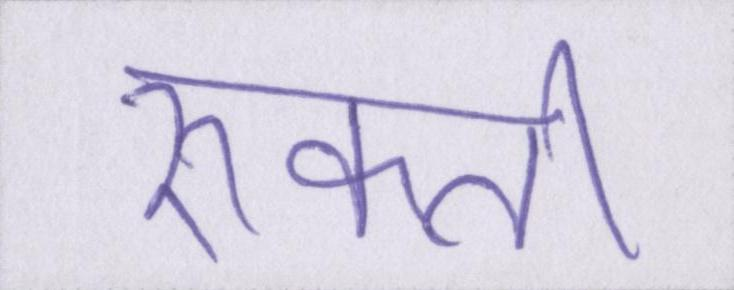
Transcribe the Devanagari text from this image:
रुकती